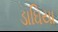
ડાઘિયા